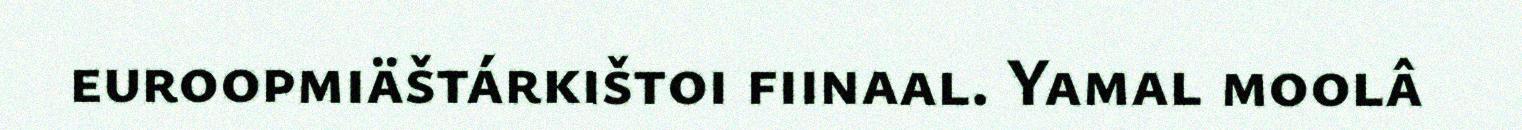
euroopmiäštárkištoi fiinaal. Yamal moolâ